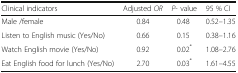
<table><thead><tr><td><b>Clinical indicators</b></td><td><b>Adjusted <i>OR</i></b></td><td><b><i>P</i>- value</b></td><td><b>95 % CI</b></td></tr></thead><tbody><tr><td>Male /female</td><td>0.84</td><td>0.48</td><td>0.52–1.35</td></tr><tr><td>Listen to English music (Yes/No)</td><td>0.66</td><td>0.15</td><td>0.38–1.16</td></tr><tr><td>Watch English movie (Yes/No)</td><td>0.92</td><td>0.02<sup>*</sup></td><td>1.08–2.76</td></tr><tr><td>Eat English food for lunch (Yes/No)</td><td>2.70</td><td>0.03<sup>*</sup></td><td>1.61–4.55</td></tr></tbody></table>